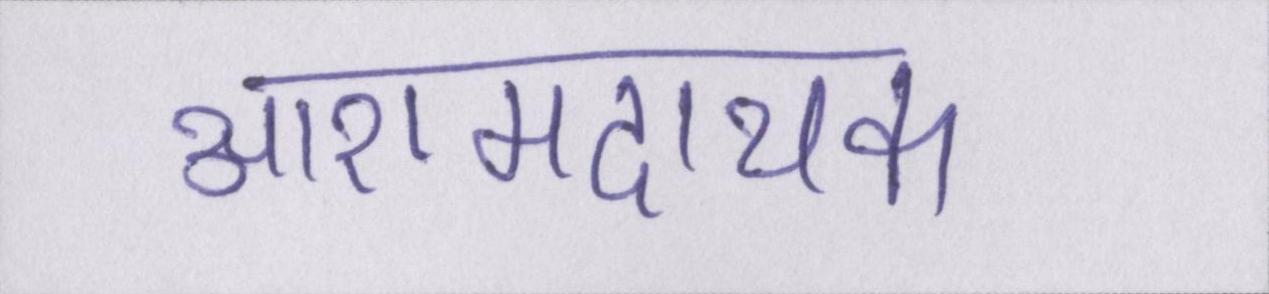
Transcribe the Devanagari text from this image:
आरामदायक